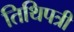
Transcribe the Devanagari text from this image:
तिथिपत्री